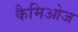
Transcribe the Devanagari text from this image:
कैमिओज